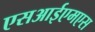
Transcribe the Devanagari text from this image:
एसआईएमएस